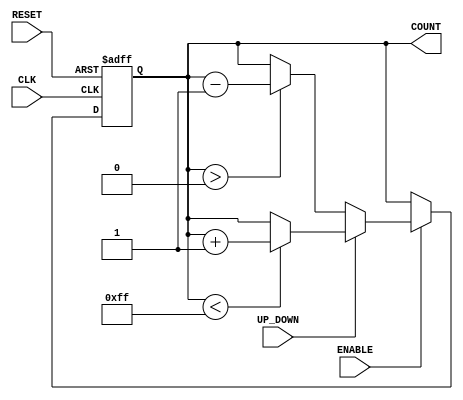
module UpDownCounter (
    input wire CLK,          // Clock input
    input wire RESET,        // Asynchronous reset input
    input wire ENABLE,       // Count enable input
    input wire UP_DOWN,      // Count direction control (1 = Up, 0 = Down)
    output reg [7:0] COUNT   // Count output (8-bit register)
);

    // Parameter definitions for maximum and minimum counts
    parameter MAX_COUNT = 8'hFF; // Maximum count value (255)
    parameter MIN_COUNT = 8'h00;  // Minimum count value (0)

    // Asynchronous reset and counting logic
    always @(posedge CLK or posedge RESET) begin
        if (RESET) begin
            COUNT <= MIN_COUNT;    // Reset count to minimum value
        end else if (ENABLE) begin
            if (UP_DOWN) begin      // Counting up
                if (COUNT < MAX_COUNT) begin
                    COUNT <= COUNT + 1; // Increment count
                end
            end else begin          // Counting down
                if (COUNT > MIN_COUNT) begin
                    COUNT <= COUNT - 1; // Decrement count
                end
            end
        end
    end

endmodule